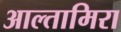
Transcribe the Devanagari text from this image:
आल्तामिरा